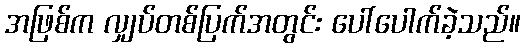
အဖြစ်က လျှပ်တစ်ပြက်အတွင်း ပေါ်ပေါက်ခဲ့သည်။